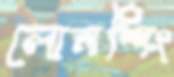
লোনশিং